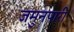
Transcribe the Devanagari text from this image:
जमुनपारी